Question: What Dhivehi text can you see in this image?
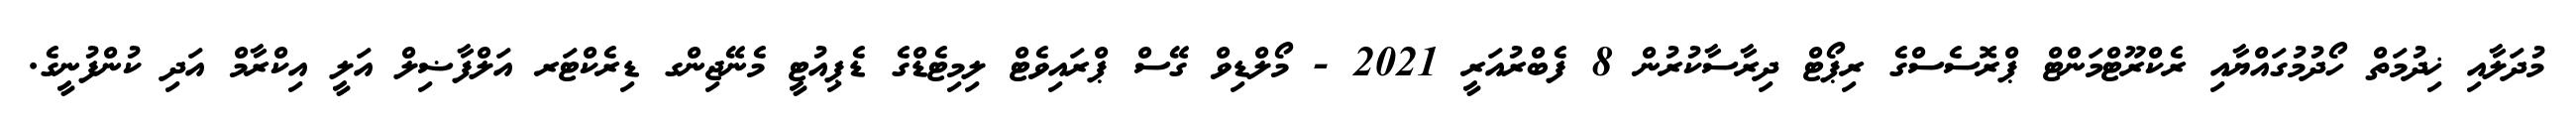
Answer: މުދަލާއި ޚިދުމަތް ހޯދުމުގައްޔާއި ރެކްރޫޓްމަންޓް ޕްރޮސެސްގެ ރިޕޯޓް ދިރާސާކުރުން 8 ފެބްރުއަރީ 2021 - މޯލްޑިވް ގޭސް ޕްރައިވެޓް ލިމިޓެޑްގެ ޑެޕިއުޓީ މެނޭޖިންގ ޑިރެކްޓަރ އަލްފާޟިލް އަލީ އިކްރާމް އަދި ކުންފުނީގެ.